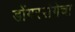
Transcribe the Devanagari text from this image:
डोंगररांगेचा